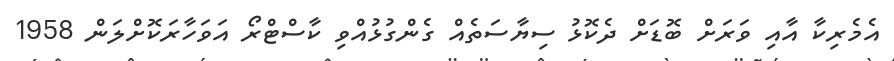
އެމެރިކާ އާއި ވަރަށް ބޮޑަށް ދެކޮޅު ސިޔާސަތެއް ގެންގުޅުއްވި ކާސްޓްރޯ އަވަހާރަކޮށްލަން 1958